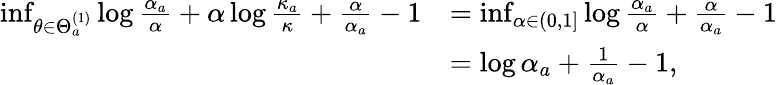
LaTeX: \begin{array}{rl}{\operatorname*{inf}_{\theta\in\Theta_{a}^{(1)}}\log\frac{\alpha_{a}}{\alpha}+\alpha\log\frac{\kappa_{a}}{\kappa}+\frac{\alpha}{\alpha_{a}}-1}&{=\operatorname*{inf}_{\alpha\in(0,1]}\log\frac{\alpha_{a}}{\alpha}+\frac{\alpha}{\alpha_{a}}-1}\\ &{=\log\alpha_{a}+\frac{1}{\alpha_{a}}-1,}\end{array}